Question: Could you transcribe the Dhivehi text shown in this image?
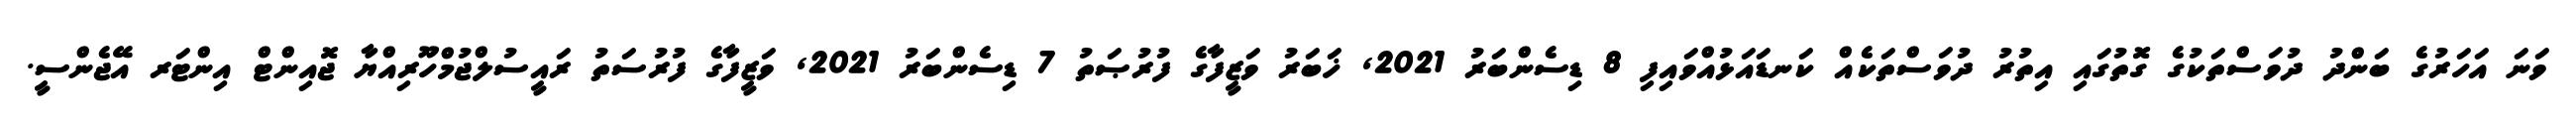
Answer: ވަނަ އަހަރުގެ ބަންދު ދުވަސްތަކުގެ ގޮތުގައި އިތުރު ދުވަސްތަކެއް ކަނޑައަޅުއްވައިފި 8 ޑިސެންބަރު 2021, ޚަބަރު ވަޒީފާގެ ފުރުޞަތު 7 ޑިސެންބަރު 2021, ވަޒީފާގެ ފުރުސަތު ރައީސުލްޖުމްހޫރިއްޔާ ޖޮއިންޓް އިންޓަރ އޭޖެންސީ.